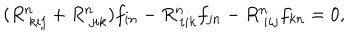
( R _ { ~ k i j } ^ { n } + R _ { ~ j i k } ^ { n } ) f _ { i n } - R _ { ~ i i k } ^ { n } f _ { j n } - R _ { ~ i i j } ^ { n } f _ { k n } = 0 ,